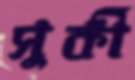
সুর্কী